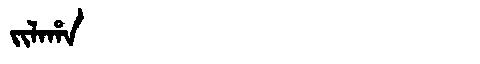
Manchu: ᠵᡳᠯᠠᡥᠠ
Romanization: JILAHA